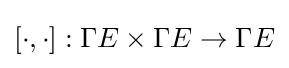
[\cdot ,\cdot ]:\Gamma E\times \Gamma E\to \Gamma E